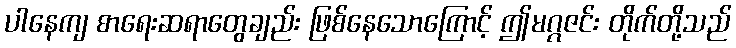
ပါနေကျ စာရေးဆရာတွေချည်း ဖြစ်နေသောကြောင့် ဤမဂ္ဂဇင်း တိုက်တို့သည်